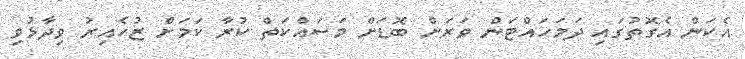
އެކަން އެގޮތުގައި ދަމަހައްޓަން ވަރަށް ބޮޑަށް މަސައްކަތް ކުރާ ކަމަށް ޒުހެއިރު ވިދާޅުވި